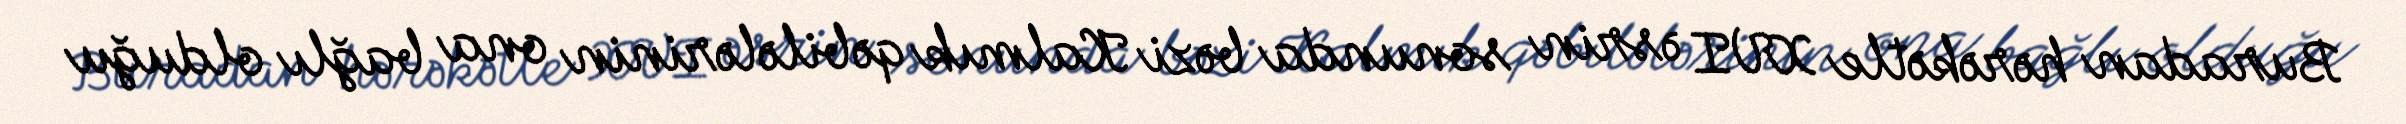
Buradan hərəkətle XVI əsrin sonunda bəzi Kalmık qəbilələrinin ona bağlı olduğu